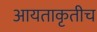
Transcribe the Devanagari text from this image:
आयताकृतीच